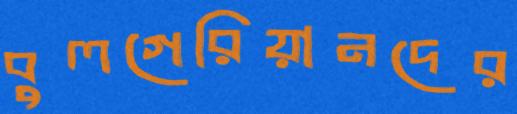
বুলগেরিয়ানদের